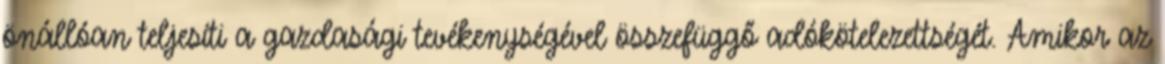
önállóan teljesíti a gazdasági tevékenységével összefüggő adókötelezettségét. Amikor az